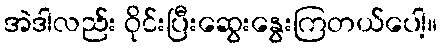
အဲဒါလည်း ဝိုင်းပြီးဆွေးနွေးကြတယ်ပေါ့။